Punjab Mental Hospital Lahore 1932-46 - 1932-1946
Year: 1932
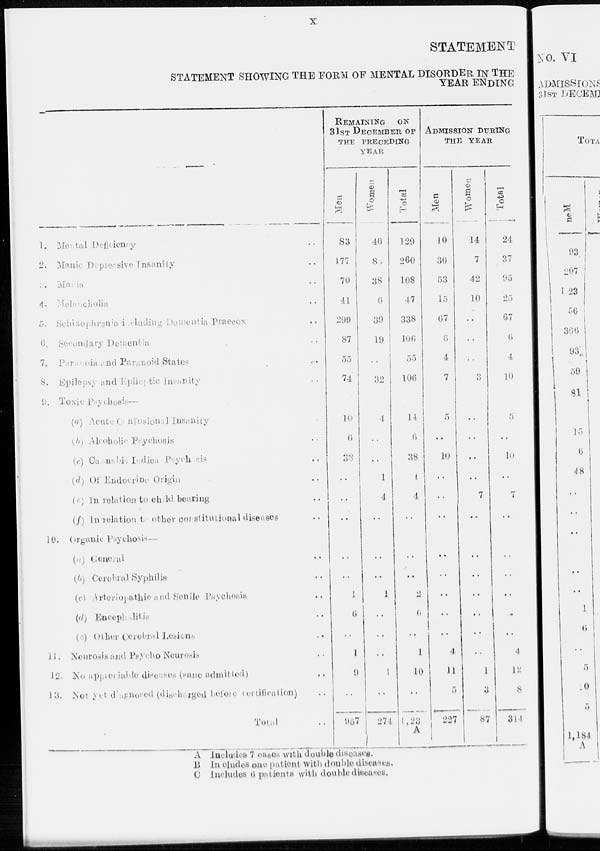
x
STATEMENT
STATEMENT SHOWING THE FOBM OF MENTAL DISORDER IN THE
YEAR ENDING
—
1. Mental Deficiency ..
2. Manic Depressive Insanity ..
3. Mania ..
4. Melancholia ..
5. Schizophrenia including Dementia Praecox ..
6. Secondary Dementia ..
7. Paranoia and Paranoid States
..
8. Epilepsy and Epileptic Insanity ..
9. Toxic Psychosis—
(a) Acute Confusional Insanity ..
(b) Alcoholic Psychosis ..
(c) Cannabis Indica Psychosis ..
(d) Of Endocrine Origin ..
(c) In relation to child bearing ..
(d) In relation to other constitutional diseases ..
10. Organic Psychosis—
(a) General ..
(b) Cerebral Syphilis ..
(c) Arteriopathic and Senile Psyohosis ..
(d) Encephalitis ..
(e) Other Cerebral Lesions ..
11. Neurosis and Psycho Neurosis ..
12. No appreciable diseases (sane admitted) ..
13. Not yet diagnosed (discharged before certification) ..
Total ..
REMAINING ON
31ST DECEMBER OF
THE PRECEDING
YEAR
Men
83
177
70
41
299
87
55
74
10
6
38
..
..
..
..
..
1
6
..
1
9
..
957
Women
46
83
38
6
39
19
..
32
4
..
..
1
4
..
..
..
1
..
..
..
1
..
274
Total
129
260
108
47
338
106
55
106
14
6
38
1
4
..
..
..
2
6
..
1
10
..
1,23
A
ADMISSION DURING
THE YEAR
Men
10
30
53
15
67
6
4
7
5
..
10
..
..
..
..
..
..
..
..
4
11
5
227
Women
14
7
42
10
..
..
..
3
..
..
..
..
7
..
..
..
..
..
..
..
1
3
87
Total
24
37
95
25
67
6
4
10
5
..
10
..
7
..
..
..
..
..
..
4
12
8
314
A Includes 7 cases with double diseases.
B In eludes one patient with double diseases.
C Includes 6 patients with double diseases.